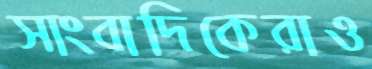
সাংবাদিকেরাও